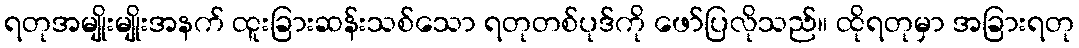
ရတုအမျိုးမျိုးအနက် ထူးခြားဆန်းသစ်သော ရတုတစ်ပုဒ်ကို ဖော်ပြလိုသည်။ ထိုရတုမှာ အခြားရတု